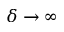
\delta \to \infty